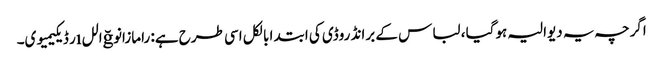
اگرچہ یہ دیوالیہ ہوگیا ، لباس کے برانڈ روڈی کی ابتدا بالکل اسی طرح ہے: رامازانوğاللıر ڈیکیمیوی۔